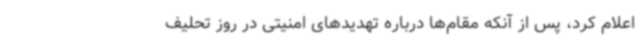
اعلام کرد، پس از آنکه مقام‌ها درباره تهدیدهای امنیتی در روز تحلیف